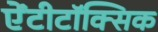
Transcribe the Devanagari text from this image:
ऐंटीटॉक्सिक